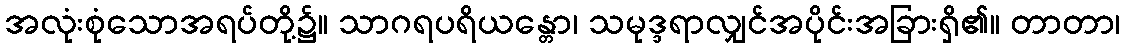
အလုံးစုံသောအရပ်တို့၌။ သာဂရပရိယန္တော၊ သမုဒ္ဒရာလျှင်အပိုင်းအခြားရှိ၏။ တာတာ၊